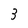
Character: 3